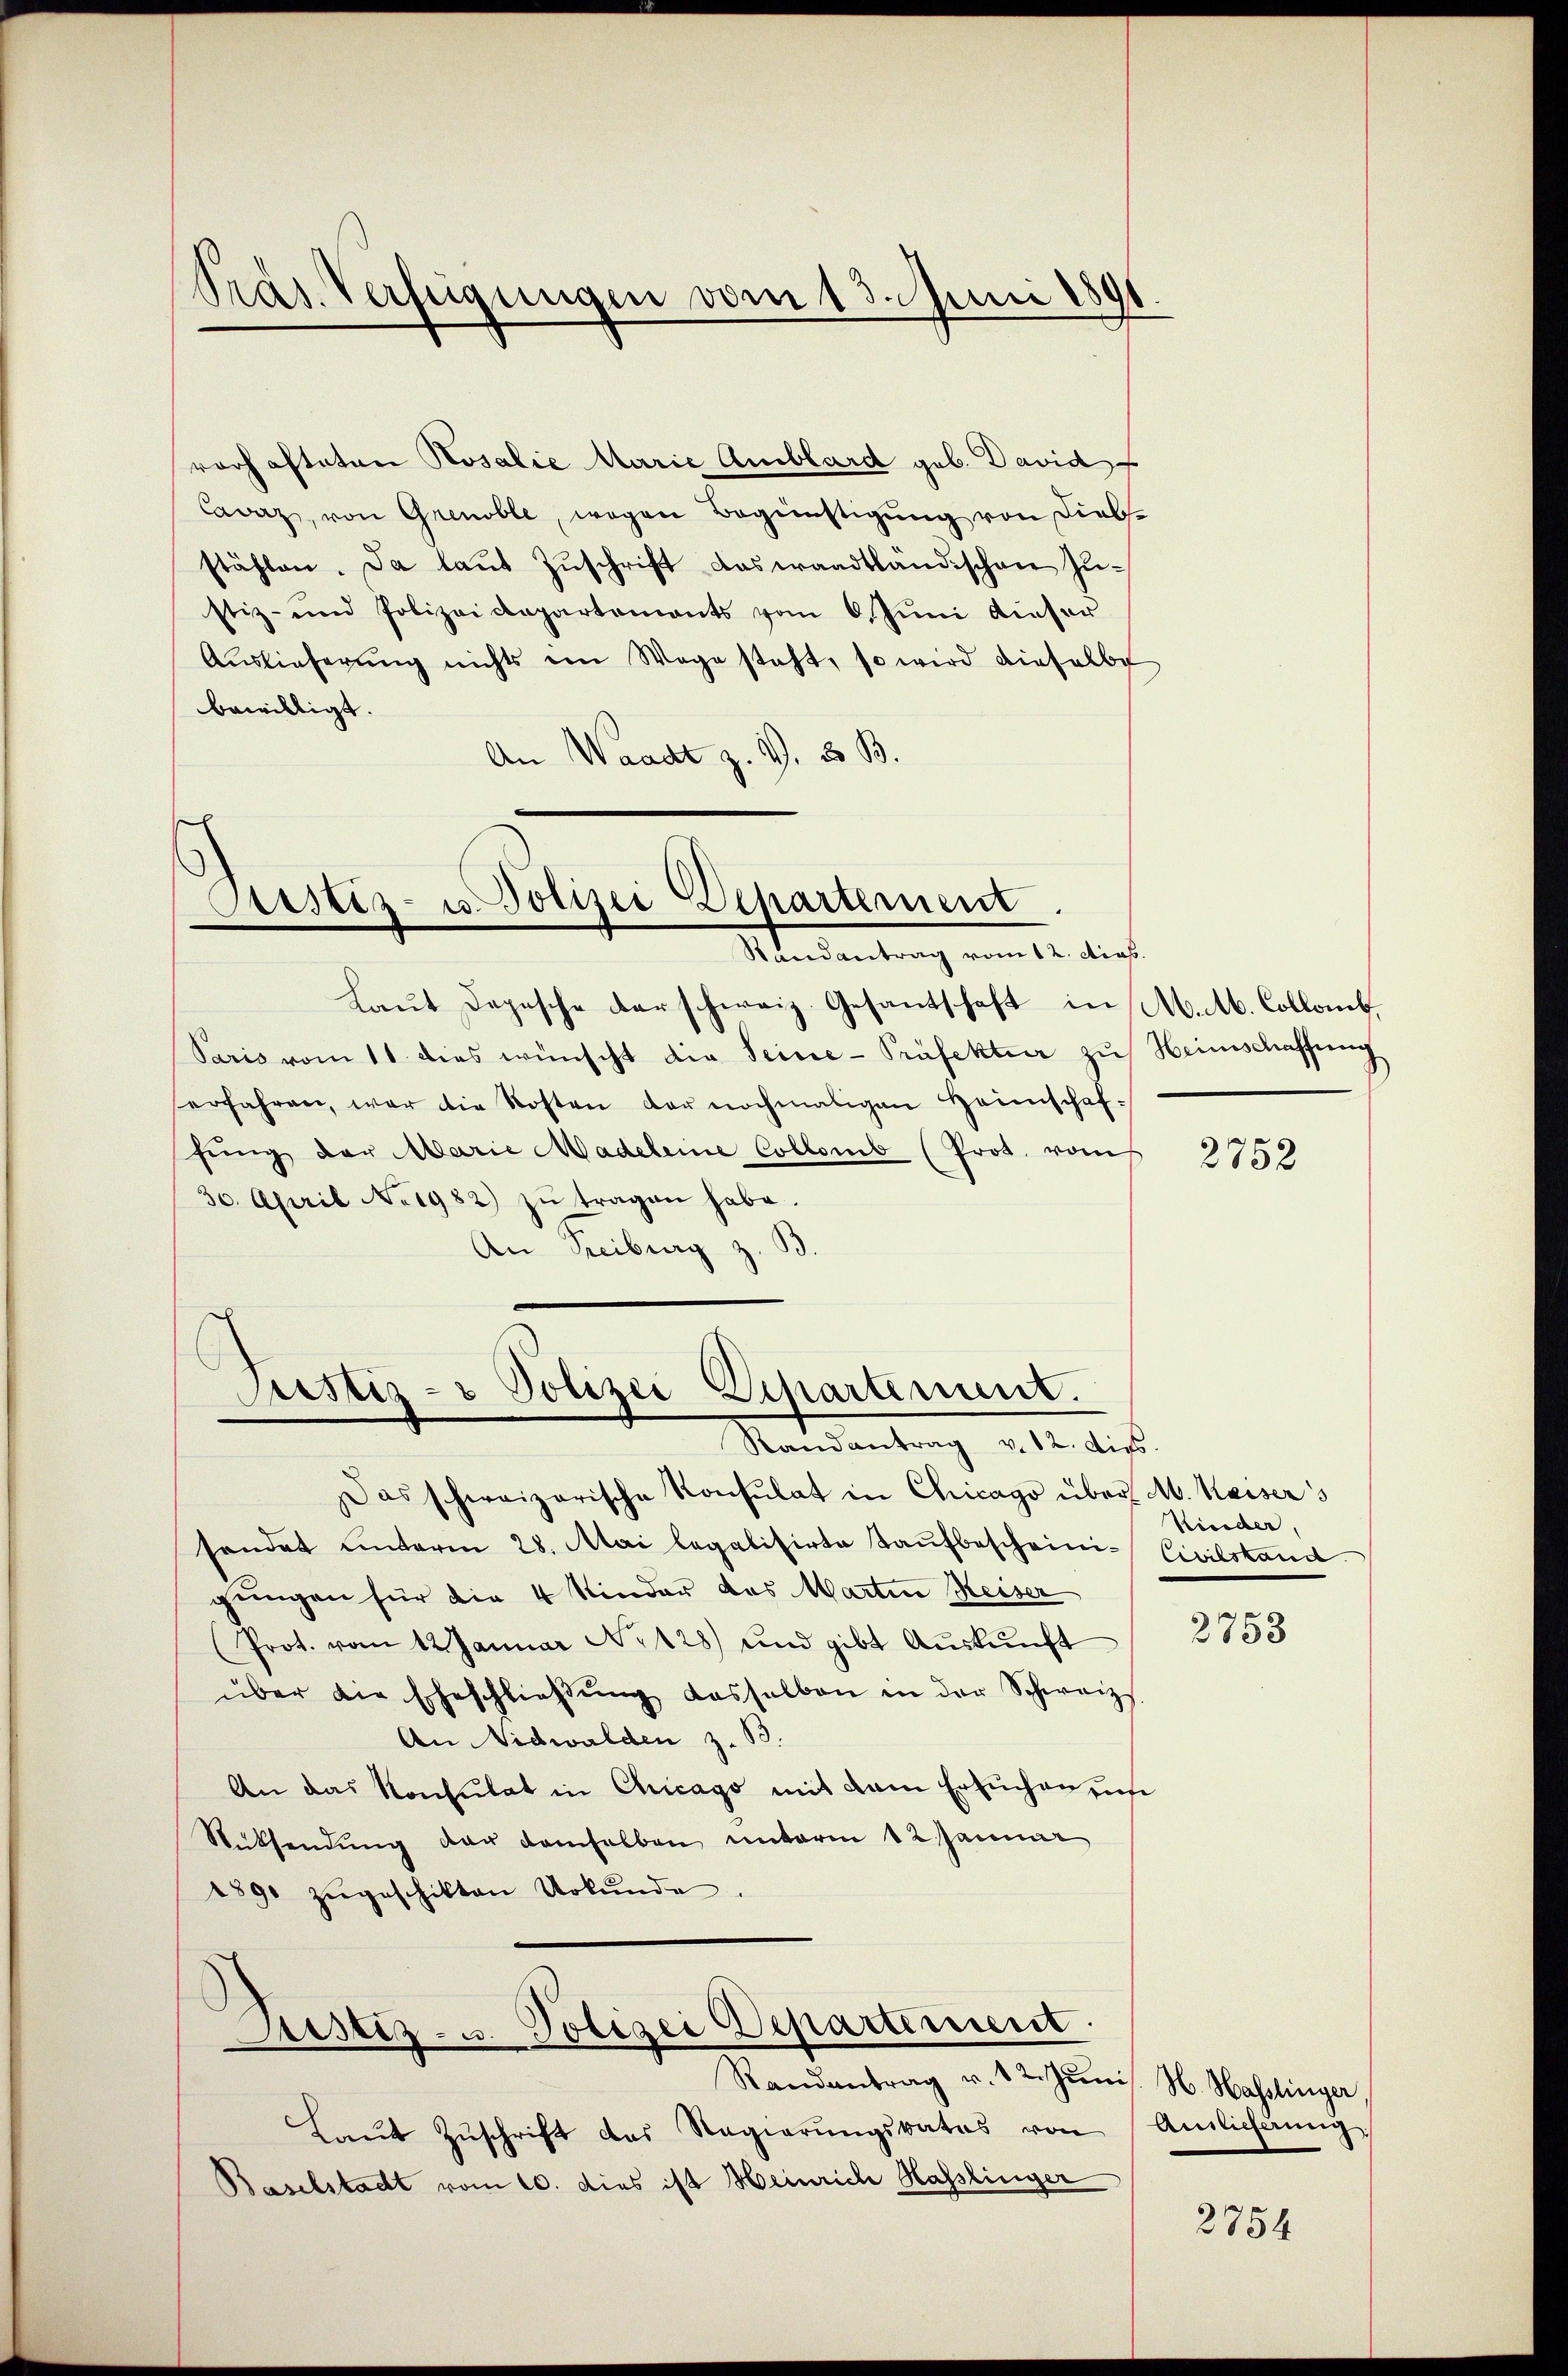
Präs. Verfügungen vom 13. Juni 1891.

Sistiz- u. Polizei Departement
Randantrag vom 12. Acas.

rochafteten Kosalie Marie Amblard geb. David
Cvaz, von Grenoble, wegen Begünstigung von Diebs
stählen. Da laŭt Zŭschrift das waadtländischen Zŭ-
stiz- und Polizeidepartements vom 6. Juni dieser
Auslieferŭng nichts ein Wege steht, so wird dieselbe
bewilligt.
An Waadt z. V. 8 B.

Laut Depesche darschweiz. Gesandschaft in M. M. Colloneb,
Paris vom 11 dies wünscht die Seine-Präfektur zu Heimschaffung
erfahren, war die Kosten der nochmaligen Heimschaf-
fŭng der Marie Madeleine Collomb (Prot. vom
30. April No 1982) zŭ tragen habe.
An Freiburg

Justiz- & Polizei Departement.
Randantrag v. 12. dies

Das schweizerische Konsulat in Chicago über M. Kaisers
sendet unterm 28. Mai legalisirte Taŭfbescheini-Civilstand
gungen für die 4 Kinder das Martin Keiser
(Prot. vom 12 Januar No 128) und gibt Aŭskŭnft
über die Eheschlieβŭng dasselben in der Schweiz.
An Nidwalden z. B.
An das Konsulat in Chicago mit dem Ersuchen uns
Rücksendung der demselben unterm 12 Januar
1890 zŭgeschikten Urkŭnde.
Justiz- u. Polizei Departiment.
Randantrag v. 12. Jŭni H. Hasslinger
Laŭt Zŭschrift das Regierŭngsrates von
Baselstadt vom 10. dies ist Heinrich Hasslinger

2752

Kinder,

2758

Amlicherung

2754